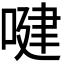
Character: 𠸻